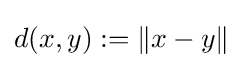
d(x,y):=\|x-y\|